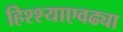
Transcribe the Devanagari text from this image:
हिश्श्याएवढ्या